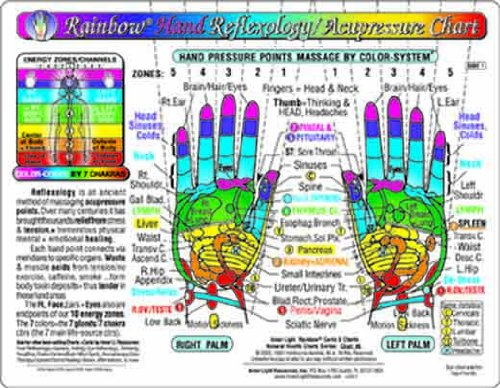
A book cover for Rainbow HAND Reflexology/ Acupressure Massage Chart; Yshkeyna Hamilla; Health, Fitness & Dieting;